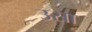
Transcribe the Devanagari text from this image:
उसा